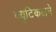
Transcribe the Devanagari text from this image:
क्युटिकलने